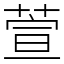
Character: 萱